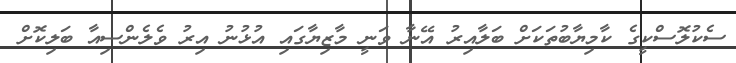
ސެކުލޮސްކީގެ ކާމިޔާބުތަކަށް ބަލާއިރު އޭނާ ވަނީ މާޒިޔާގައި އުޅުނު އިރު ވެލެންސިއާ ބަލިކޮށް